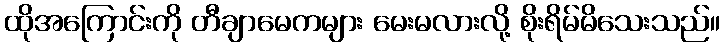
ထိုအကြောင်းကို တီချာမေကများ မေးမလားလို့ စိုးရိမ်မိသေးသည်။